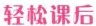
轻松课后